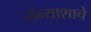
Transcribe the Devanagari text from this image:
संन्याशाचे